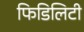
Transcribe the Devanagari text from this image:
फिडिलिटी